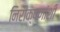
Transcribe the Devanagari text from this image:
निरीक्षणांशी